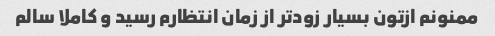
ممنونم ازتون بسیار زودتر از زمان انتظارم رسید و کاملا سالم